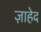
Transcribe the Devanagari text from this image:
ज़ाहेद